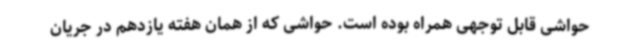
حواشی قابل توجهی همراه بوده است. حواشی که از همان هفته یازدهم در جریان